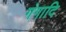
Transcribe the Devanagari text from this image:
गंगादि